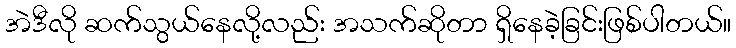
အဲဒီလို ဆက်သွယ်နေလို့လည်း အသက်ဆိုတာ ရှိနေခဲ့ခြင်းဖြစ်ပါတယ်။